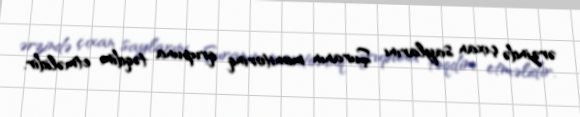
ərzində çıxan saylarını Şuranın monitorinq qrupuna təqdim etməlidir.